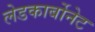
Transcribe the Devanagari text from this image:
लेडकार्बोनेट